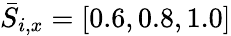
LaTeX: \bar{S}_{i,x}=[0.6,0.8,1.0]